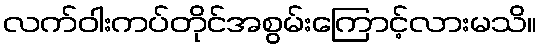
လက်ဝါးကပ်တိုင်အစွမ်းကြောင့်လားမသိ။